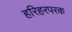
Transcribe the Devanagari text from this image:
हरिहरपरक